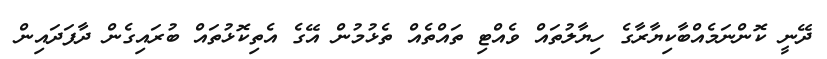
ދޭނީ ކޮންނަމެއްބާކިޔާރާގެ ހިޔާލުތައް ވެއްޓި ތައްތެއް ތެޅުމުން އޭގެ އެތިކޮޅުތައް ބުރައިގެން ދާފަދައިން